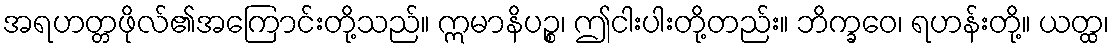
အရဟတ္တဖိုလ်၏အကြောင်းတို့သည်။ ဣမာနိပဉ္စ၊ ဤငါးပါးတို့တည်း။ ဘိက္ခဝေ၊ ရဟန်းတို့။ ယတ္ထ၊